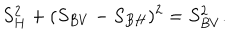
S _ { H } ^ { 2 } + ( S _ { B V } - S _ { B H } ) ^ { 2 } = S _ { B V } ^ { 2 } .